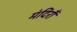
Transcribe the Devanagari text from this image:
मंदिरौं